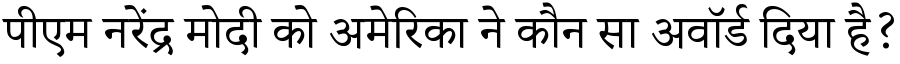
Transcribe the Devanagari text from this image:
पीएम नरेंद्र मोदी को अमेरिका ने कौन सा अवॉर्ड दिया है?